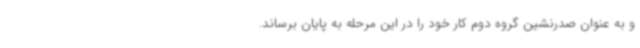
و به عنوان صدرنشین گروه دوم کار خود را در این مرحله به پایان برساند.